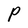
Character: P